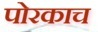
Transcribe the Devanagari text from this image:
पोरकाच